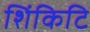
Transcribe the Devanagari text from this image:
शिंकिटि